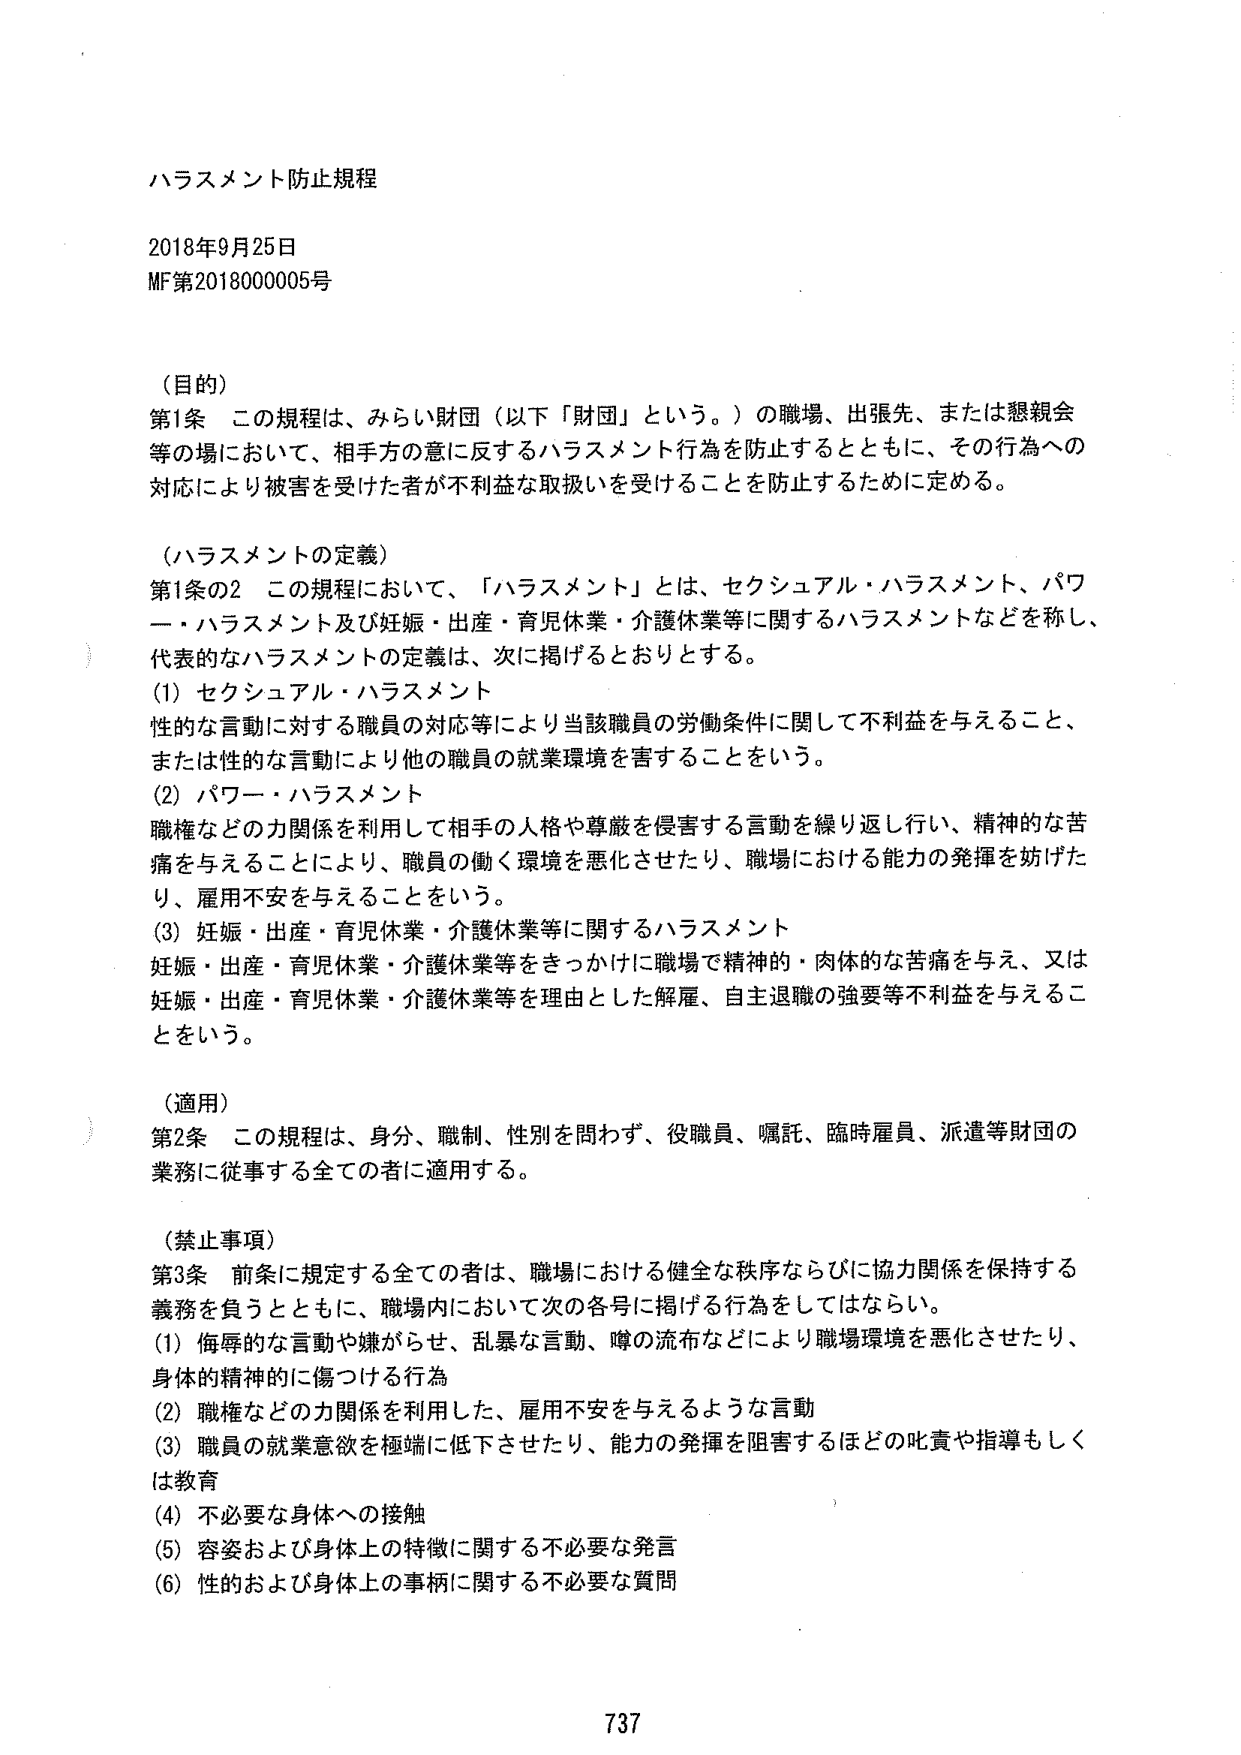
ハラスメント防止規程

2018年9月25日
MF第2018000005号

（目的）
第1条　この規程は、みらい財団（以下「財団」という。）の職場、出張先、または懇親会等の場において、相手方の意に反するハラスメント行為を防止するとともに、その行為への対応により被害を受けた者が不利益な取扱いを受けることを防止するために定める。

（ハラスメントの定義）
第1条の2　この規程において、「ハラスメント」とは、セクシュアル・ハラスメント、パワー・ハラスメント及び妊娠・出産・育児休業・介護休業等に関するハラスメントなどを称し、代表的なハラスメントの定義は、次に掲げるとおりとする。
(1) セクシュアル・ハラスメント
　性的な言動に対する職員の対応等により当該職員の労働条件に関して不利益を与えること、または性的な言動により他の職員の就業環境を害することをいう。
(2) パワー・ハラスメント
　職権などの力関係を利用して相手の人格や尊厳を侵害する言動を繰り返し行い、精神的な苦痛を与えることにより、職員の働く環境を悪化させたり、職場における能力の発揮を妨げたり、雇用不安を与えることをいう。
(3) 妊娠・出産・育児休業・介護休業等に関するハラスメント
　妊娠・出産・育児休業・介護休業等をきっかけに職場で精神的・肉体的な苦痛を与え、又は妊娠・出産・育児休業・介護休業等を理由とした解雇、自主退職の強要等不利益を与えることをいう。

（適用）
第2条　この規程は、身分、職制、性別を問わず、役職員、嘱託、臨時雇員、派遣等財団の業務に従事する全ての者に適用する。

（禁止事項）
第3条　前条に規定する全ての者は、職場における健全な秩序ならびに協力関係を保持する義務を負うとともに、職場内において次の各号に掲げる行為をしてはならない。
(1) 侮辱的な言動や嫌がらせ、乱暴な言動、噂の流布などにより職場環境を悪化させたり、身体的・精神的に傷つける行為
(2) 職権などの力関係を利用した、雇用不安を与えるような言動
(3) 職員の就業意欲を極端に低下させたり、能力の発揮を阻害するほどの叱責や指導もしくは教育
(4) 不必要な身体への接触
(5) 容姿および身体上の特徴に関する不必要な発言
(6) 性的および身体上の事柄に関する不必要な質問

737